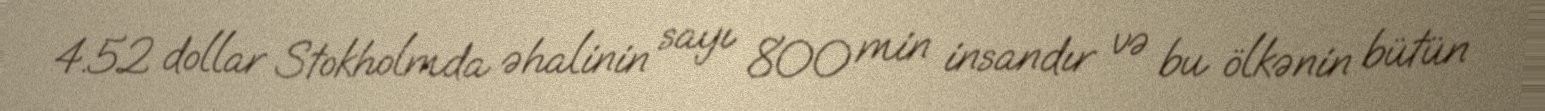
4.52 dollar Stokholmda əhalinin sayı 800 min insandır və bu ölkənin bütün